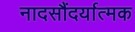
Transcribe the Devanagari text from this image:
नादसौंदर्यात्मक